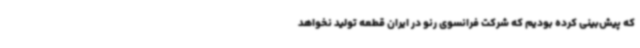
که پیش‌بینی کرده بودیم که شرکت فرانسوی رنو در ایران قطعه تولید نخواهد